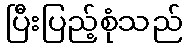
ပြီးပြည့်စုံသည်